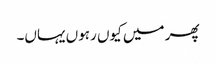
پھر میں کیوں رہوں یہاں۔